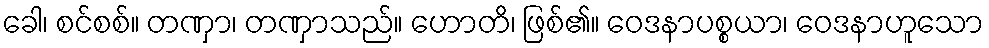
ခေါ၊ စင်စစ်။ တဏှာ၊ တဏှာသည်။ ဟောတိ၊ ဖြစ်၏။ ဝေဒနာပစ္စယာ၊ ဝေဒနာဟူသော